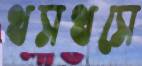
থসথসে